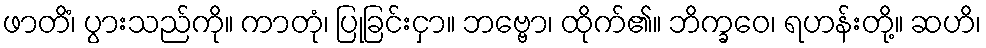
ဖာတိံ၊ ပွားသည်ကို။ ကာတုံ၊ ပြုခြင်းငှာ။ ဘဗ္ဗော၊ ထိုက်၏။ ဘိက္ခဝေ၊ ရဟန်းတို့။ ဆဟိ၊